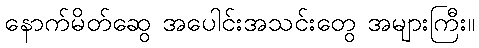
နောက်မိတ်ဆွေ အပေါင်းအသင်းတွေ အများကြီး။